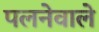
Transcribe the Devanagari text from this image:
पलनेवाले